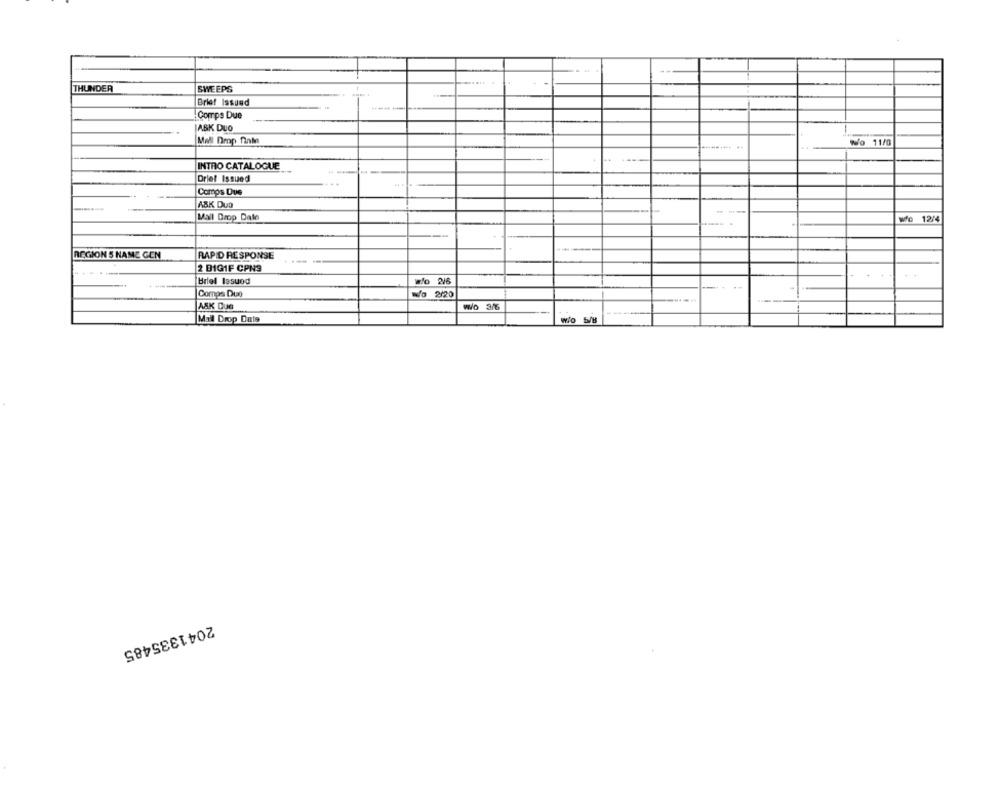
THUNDER
SWEEPS
Brief Issued
! Comps Due
JASK DUO
Mell Drop finka
Wo 11/0
INTRO CATALOGUE
Driel Issued
Comos Due
ASK DUD
Mail Drop Dale
Mo 12/4
REGION S NAME GEN
RAPID RESPONSE
2 DIGIF CPN9
Briel Issued
wfo 216
Comps Due
Wo 2/20
-...
ASK Due
Wo 376
Mal Drop Dats
Wio 5/Bs
2041335485